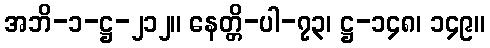
အဘိ-၁-ဋ္ဌ-၂၁၂။ နေတ္တိ-ပါ-၇၃၊ ဋ္ဌ-၁၄၈၊ ၁၄၉။